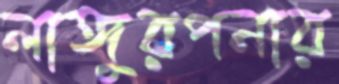
লাঙ্গুরপনার